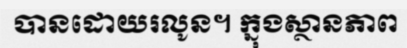
បានដោយរលូន។ ក្នុងស្ថានភាព